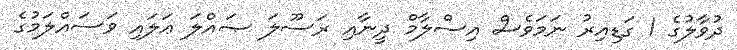
ދުވާލުގެ 1 ގަޑިއިރު ނަމަވެސް އިސްލާމް ދީނާއި ރަސޫލަ ޞައްލަ ޢަލައި ވަސައްލަމުގެ